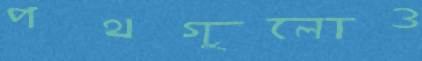
পথগুলোও